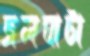
জলঘাটা